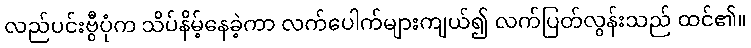
လည်ပင်းဗွီပုံက သိပ်နိမ့်နေခဲ့ကာ လက်ပေါက်များကျယ်၍ လက်ပြတ်လွန်းသည် ထင်၏။